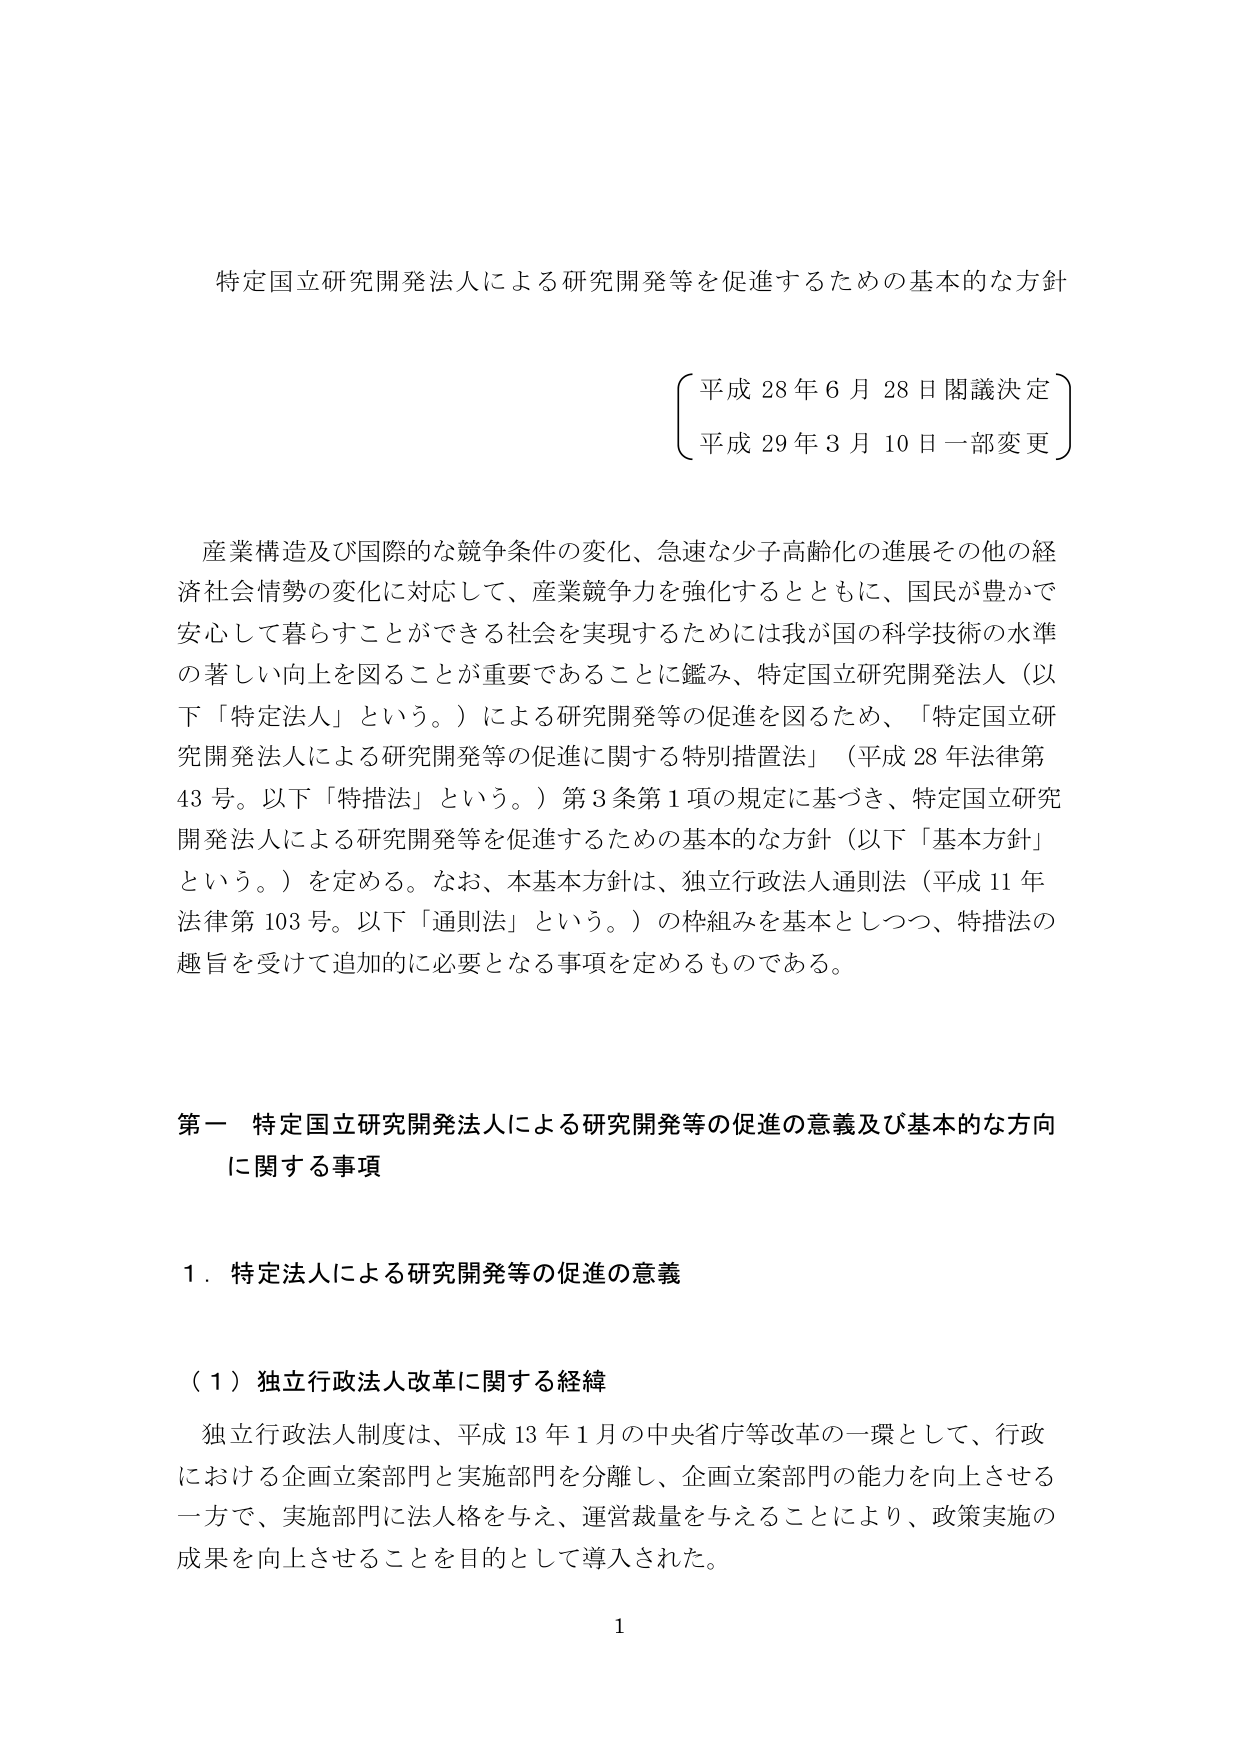
特定国立研究開発法人による研究開発等を促進するための基本的な方針

（平成 28 年 6 月 28 日閣議決定）
（平成 29 年 3 月 10 日一部変更）

産業構造及び国際的な競争条件の変化、急速な少子高齢化の進展その他の経済社会情勢の変化に対応して、産業競争力を強化するとともに、国民が豊かで安心して暮らすことができる社会を実現するためには我が国の科学技術の水準の著しい向上を図ることが重要であることに鑑み、特定国立研究開発法人（以下「特定法人」という。）による研究開発等の促進を図るため、「特定国立研究開発法人による研究開発等の促進に関する特別措置法」（平成 28 年法律第 43 号。以下「特措法」という。）第 3 条第 1 項の規定に基づき、特定国立研究開発法人による研究開発等を促進するための基本的な方針（以下「基本方針」という。）を定める。なお、本基本方針は、独立行政法人通則法（平成 11 年法律第 103 号。以下「通則法」という。）の枠組みを基本としつつ、特措法の趣旨を受けて追加的に必要となる事項を定めるものである。

第一 特定国立研究開発法人による研究開発等の促進の意義及び基本的な方向に関する事項

１．特定法人による研究開発等の促進の意義

（１）独立行政法人改革に関する経緯

独立行政法人制度は、平成 13 年 1 月の中央省庁等改革の一環として、行政における企画立案部門と実施部門を分離し、企画立案部門の能力を向上させる一方で、実施部門に法人人格を与え、運営裁量を与えることにより、政策実施の成果を向上させることを目的として導入された。

1